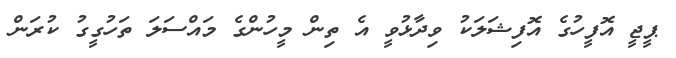
ޕީޖީ އޮފީހުގެ އޮފިޝަލަކު ވިދާޅުވީ އެ ތިން މީހުންގެ މައްސަލަ ތަހުގީގު ކުރަން